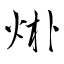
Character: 烞